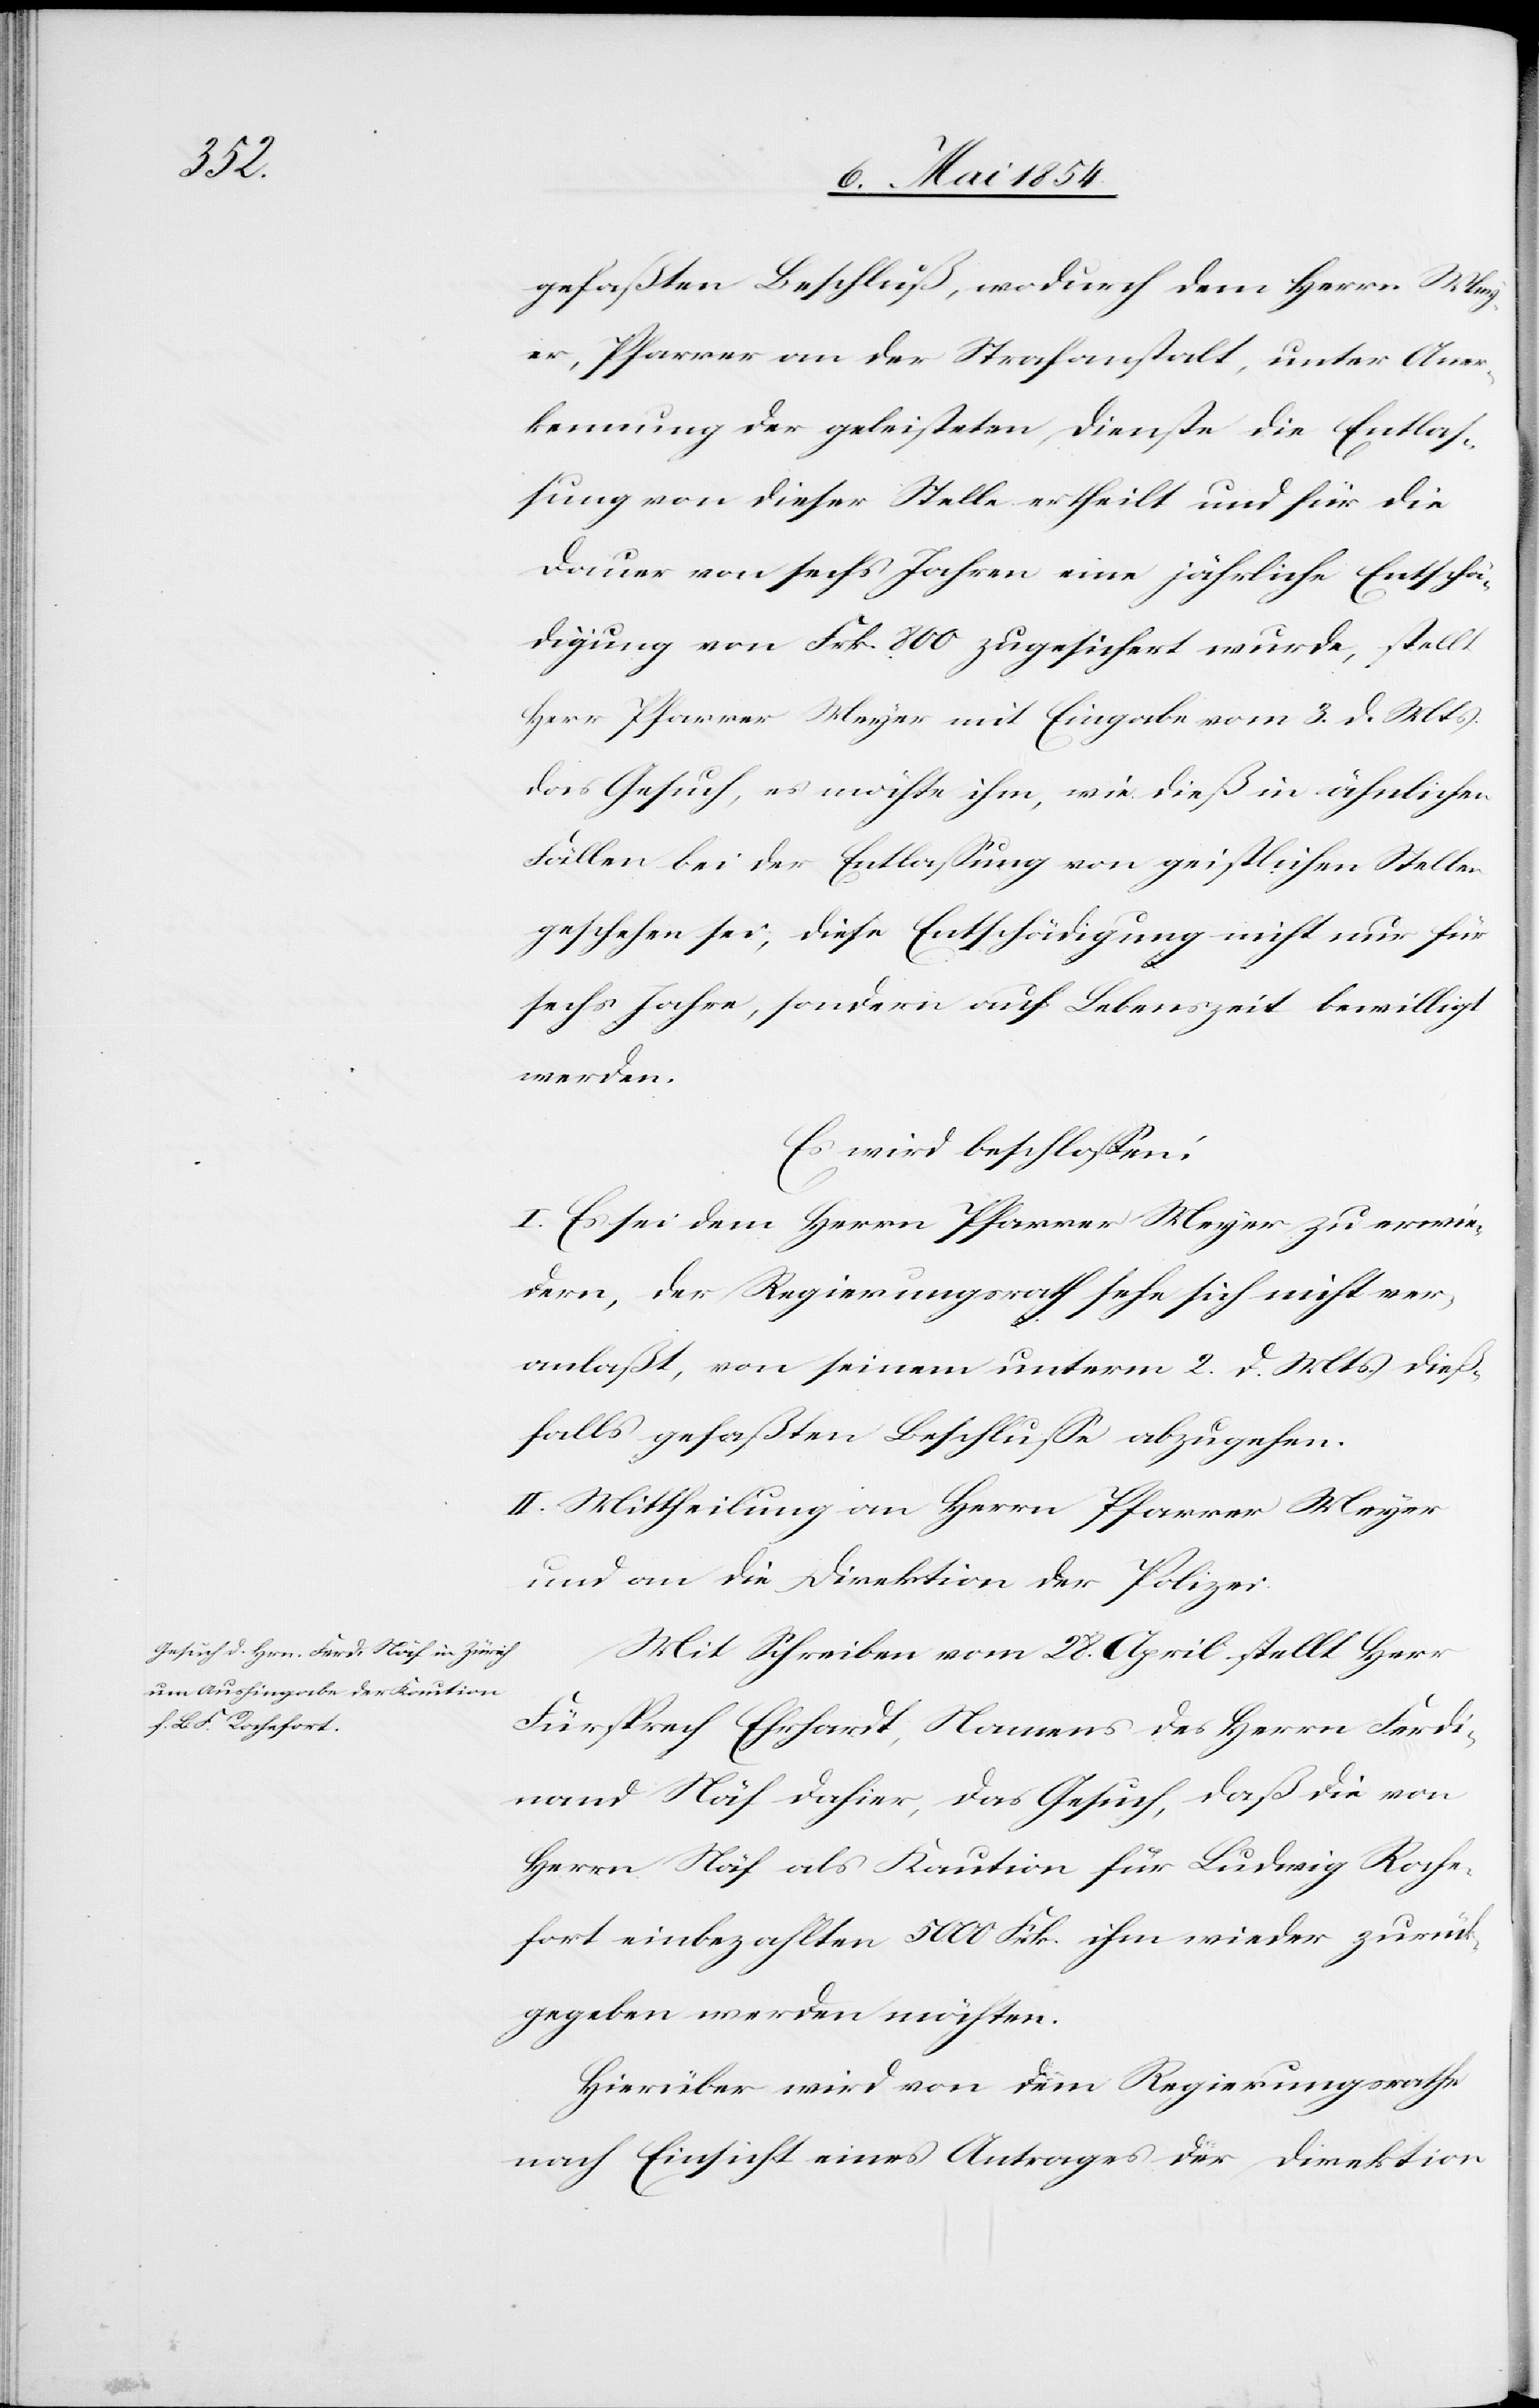
heil¬

gefaßten Beschluß, wodurch dem Herrn Mey¬
er, Pfarrer an der Strafanstalt, unter Aner¬
kennung der geleisteten Dienste die Entlaß¬
ung von dieser Stelle ertheilt und für die
Dauer von sechs Jahren eine jährliche Entschä¬
digung von Frk. 800 zugesichert wurde, stellt
Herr Pfarrer Meyer mit Eingabe vom 3. d. Mts.
das Gesuch, es möchte ihm, wie dieß in ähnlichen
Fällen bei der Entlaßung von geistlichen Stellen
geschehen sei, diese Entschädigung nicht nur für
sechs Jahre, sondern auf Lebenszeit bewilligt
werden.
Es wird beschloßen:
I. Es sei dem Herrn Pfarrer Meyer zu erwie¬
dern, der Regierungsrath sehe sich nicht ver¬
anlaßt, von seinem unterm 2. d. Mts. dieß¬
falls gefaßten Beschluße abzugehen.
ung an die Direktion der Polizei.
Mit Schreiben vom 28. April stellt Herr
Fürsprech Ehrhardt, Namens des Herrn Ferdi¬
nand Näf dahier, das Gesuch, daß die von
Herrn Näf als Kaution für Ludwig Roche¬
fort einbezahlten 5000 Frk. ihm wieder zurück¬
gegeben werden möchten.
Hierüber wird von dem Regierungsrathe
nach Einsicht eines Antrages der Direktion